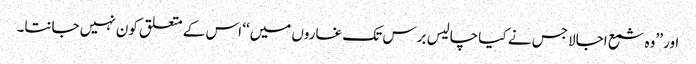
اور ’’وہ شمع اجالا جس نے کیا چالیس برس تک غاروں میں‘‘ اس کے متعلق کون نہیں جانتا۔